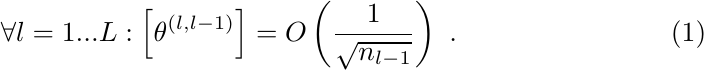
\begin{equation}
\forall l=1...L:\left[\theta^{\left(l,l-1\right)}\right]=O\left(\frac{1}{\sqrt{n_{l-1}}}\right) \ .
\end{equation}